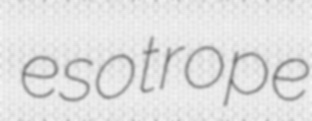
esotrope